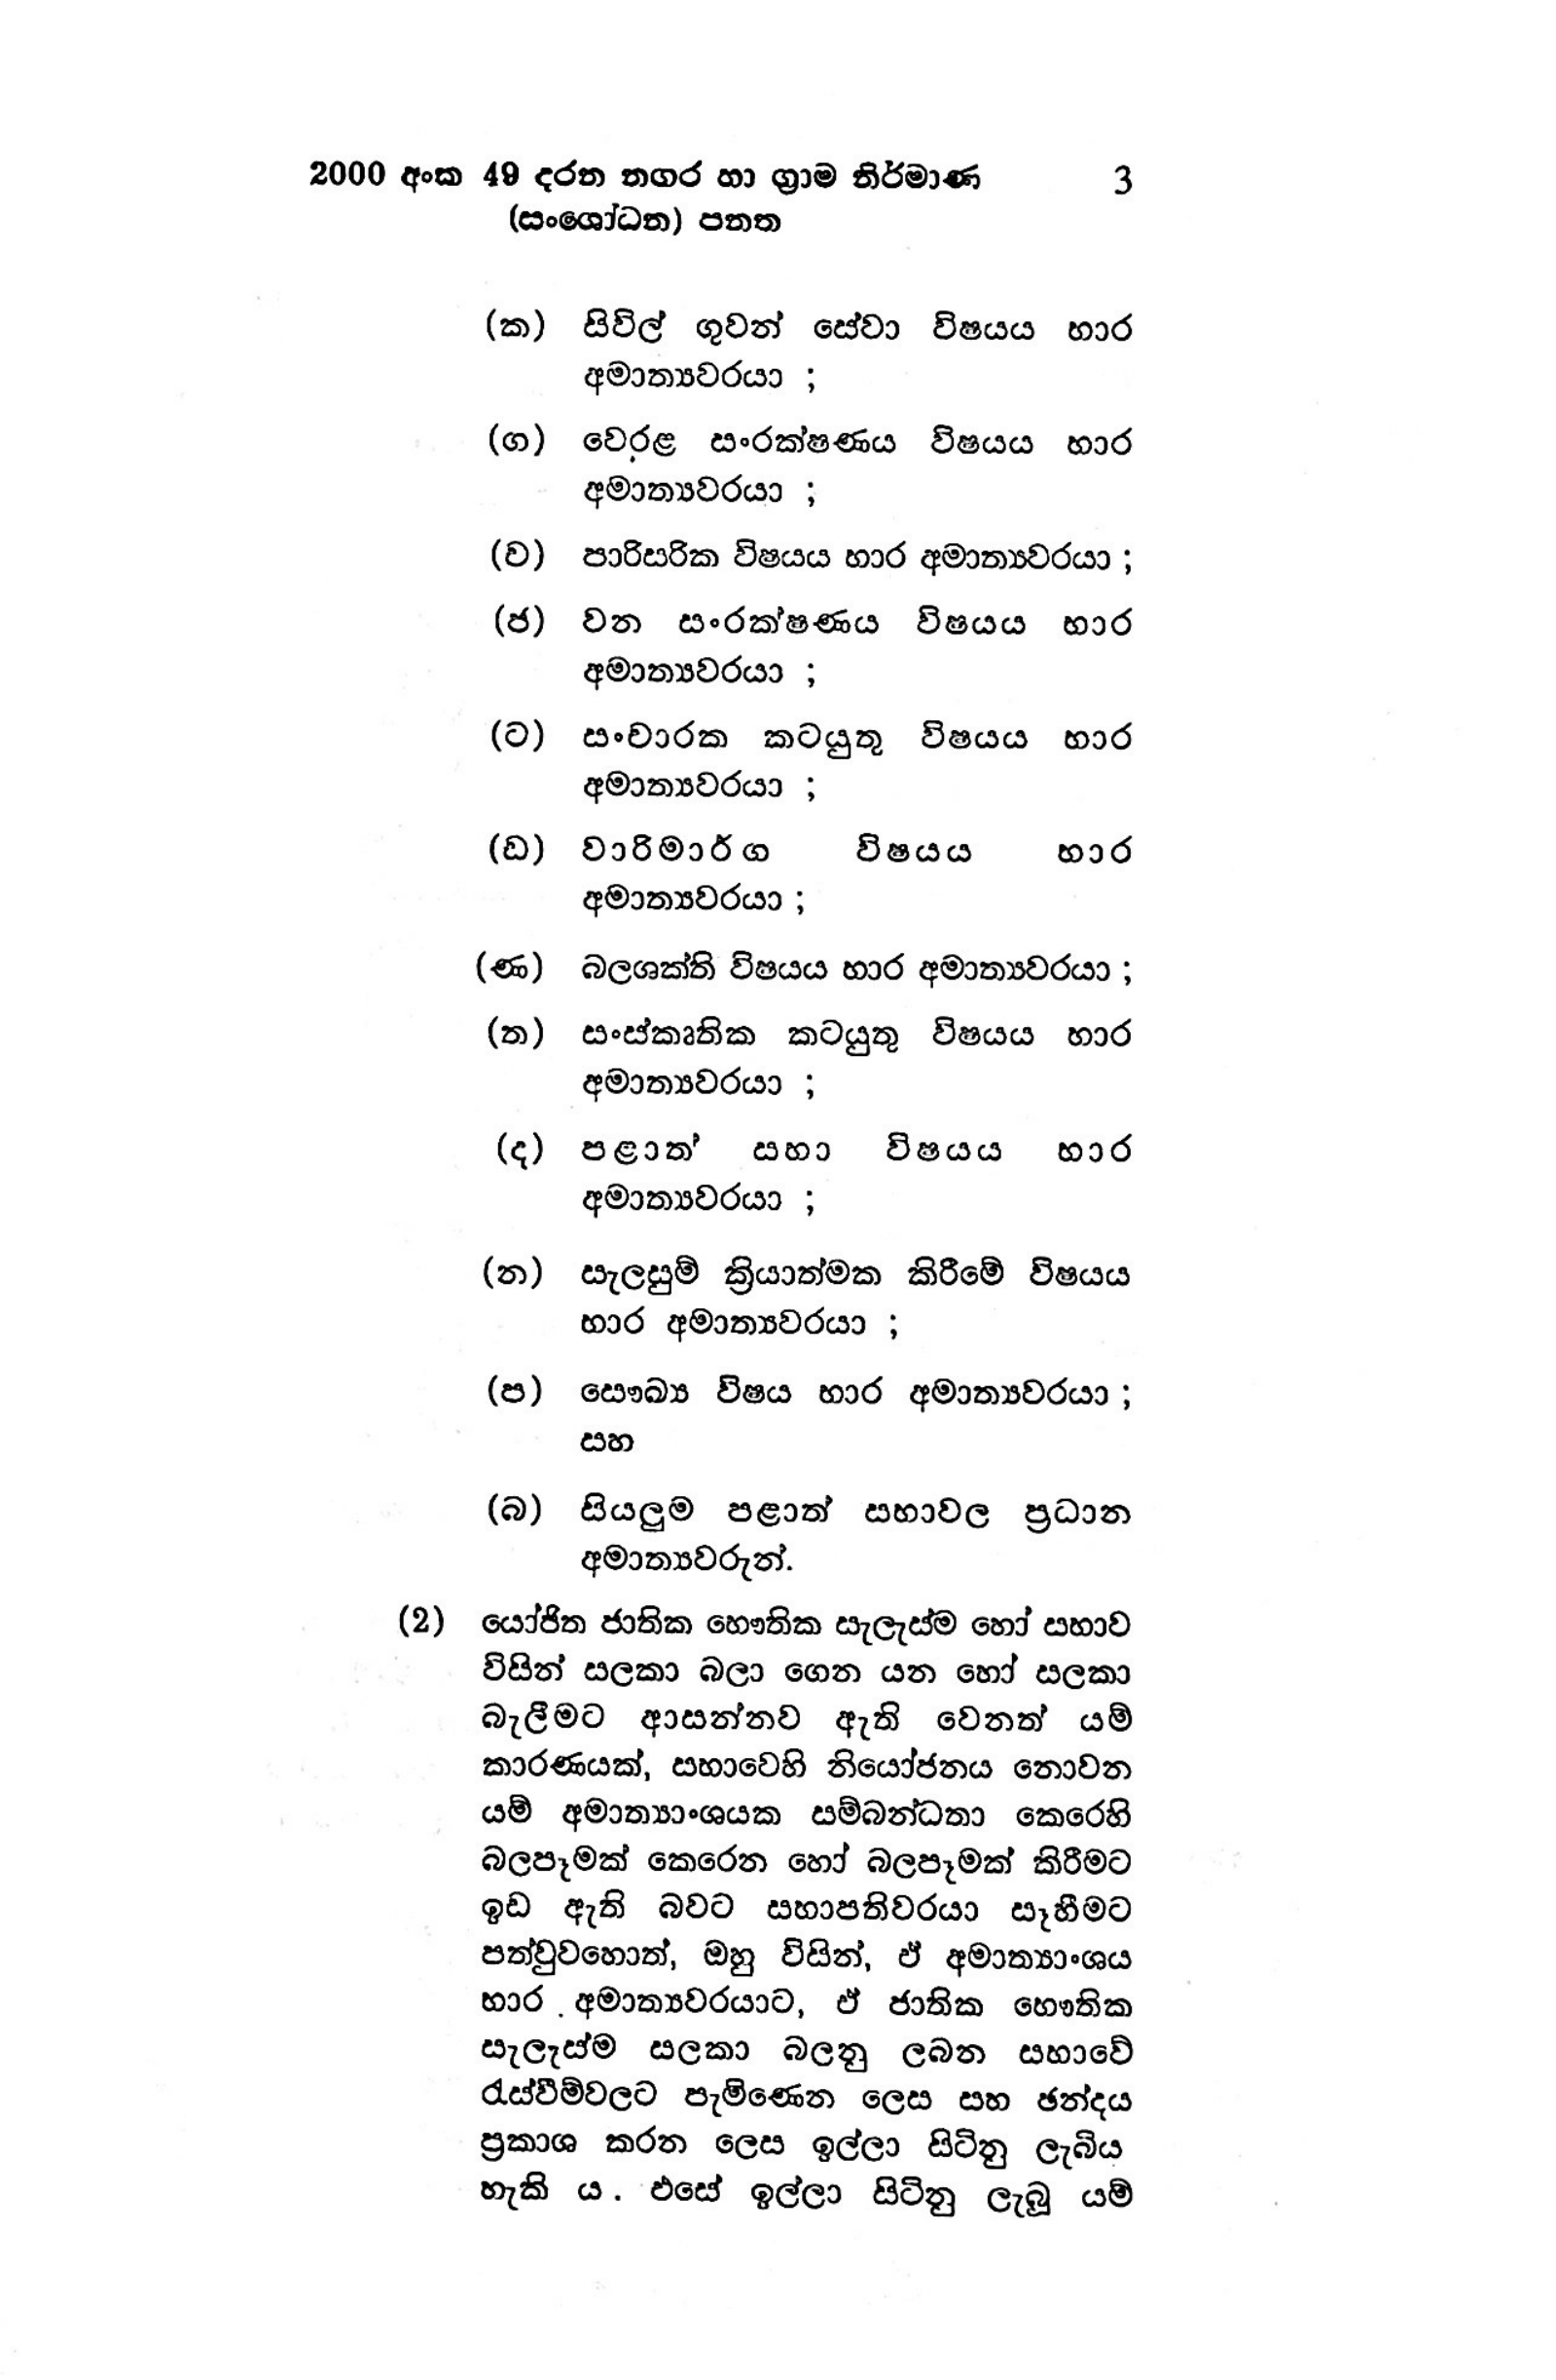
2000 අංක 49 දරන නගර හා ග්‍රාම නිර්මාණ 3
(සංශෝධන) පනත

(ක) සිවිල් ගුවන් සේවා විෂයය භාර
අමාත්‍යවරයා ;

(ග) වෙරළ සංරක්ෂණය විෂයය භාර
අමාත්‍යවරයා ;

(ව) පාරිසරික විෂයය භාර අමාත්‍යවරයා ;

(ජ) වන සංරක්ෂණය විෂයය භාර
අමාත්‍යවරයා ;

(ට) සංචාරක කටයුතු විෂයය භාර
අමාත්‍යවරයා ;

(ඩ) වාරිමාර්ග විෂයය හාර
අමාත්‍යවරයා ;

(ණ) බලශක්ති විෂයය භාර අමාත්‍යවරයා ;

(ත) සංස්කෘතික කටයුතු විෂයය හාර
අමාත්‍යවරයා ;

(ද) පළාත් සහභා විෂයය හාර
අමාත්‍යවරයා ;

(න) සැලසුම් ක්‍රියාත්මක කිරීමේ විෂයය
භාර අමාත්‍යවරයා ;

(ප) සෞඛ්‍ය විෂය භාර අමාත්‍යවරයා ;
සහ

(බ) සියලුම පළාත් සභාවල ප්‍රධාන
අමාත්‍යවරුන්.

(2) යෝජිත ජාතික භෞතික සැලැස්ම හෝ සහාව
විසින් සලකා බලා ගෙන යන හෝ සලකා
බැලීමට ආසන්නව ඇති වෙනත් යම්
කාරණයක්, සභාවෙහි නියෝජනය නොවන
යම් අමාත්‍යාංශයක සම්බන්ධතා කෙරෙහි
බලපෑමක් කෙරෙන හෝ බලපෑමක් කිරීමට
ඉඩ ඇති බවට සභාපතිවරයා සෑහීමට
පත්වුවහොත්, ඔහු විසින්, ඒ අමාත්‍යාංශය
භාර අමාත්‍යවරයාට, ඒ ජාතික භෞතික
සැලැස්ම සලකා බලනු ලබන සභාවේ
රැස්වීම්වලට පැමිණෙන ලෙස සහ ඡන්දය
ප්‍රකාශ කරන ලෙස ඉල්ලා සිටිනු ලැබිය
හැකි ය. එසේ ඉල්ලා සිටිනු ලැබූ යම්